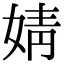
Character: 婧